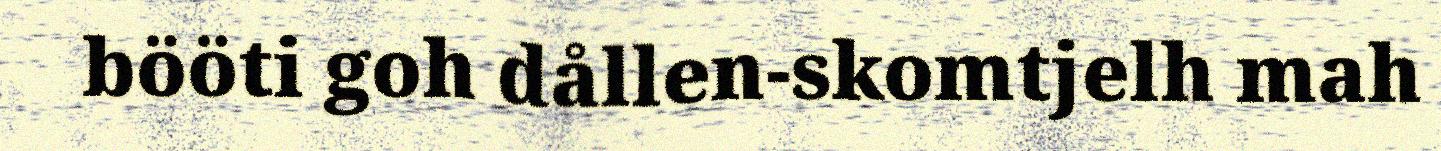
bööti goh dållen-skomtjelh mah